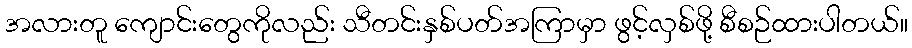
အလားတူ ကျောင်းတွေကိုလည်း သီတင်းနှစ်ပတ်အကြာမှာ ဖွင့်လှစ်ဖို့ စီစဉ်ထားပါတယ်။